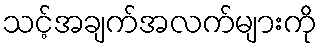
သင့်အချက်အလက်များကို